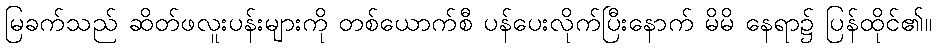
မြခက်သည် ဆိတ်ဖလူးပန်းများကို တစ်ယောက်စီ ပန်ပေးလိုက်ပြီးနောက် မိမိ နေရာ၌ ပြန်ထိုင်၏။